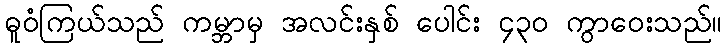
ဓူဝံကြယ်သည် ကမ္ဘာမှ အလင်းနှစ် ပေါင်း ၄၃၀ ကွာဝေးသည်။